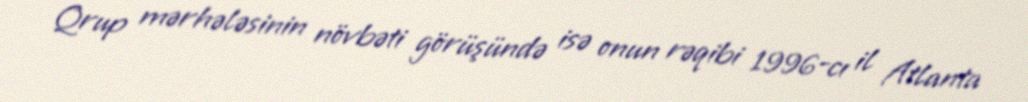
Qrup mərhələsinin növbəti görüşündə isə onun rəqibi 1996-cı il Atlanta